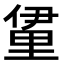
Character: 𮡖